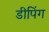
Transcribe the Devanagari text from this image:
डीपिंग